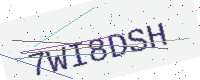
Text: 7WI8DSH